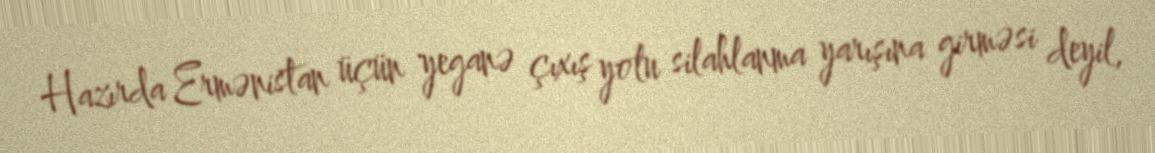
Hazırda Ermənistan üçün yeganə çıxış yolu silahlanma yarışına girməsi deyil,